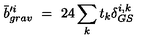
\bar { b } _ { g r a v } ^ { \prime i } \ = \ 2 4 \sum _ { k } t _ { k } \delta _ { G S } ^ { i , k }